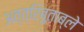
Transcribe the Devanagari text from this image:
अत्त्रिबुताब्ले